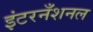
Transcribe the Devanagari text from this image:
इंटरनँशनल